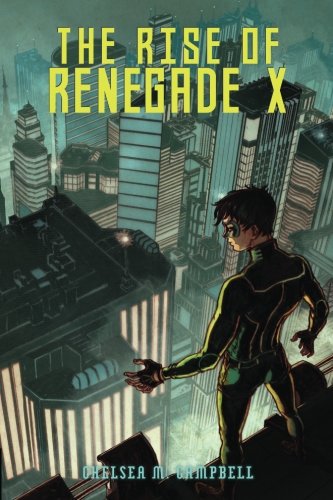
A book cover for The Rise of Renegade X (Volume 1); Chelsea M Campbell; Science Fiction & Fantasy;